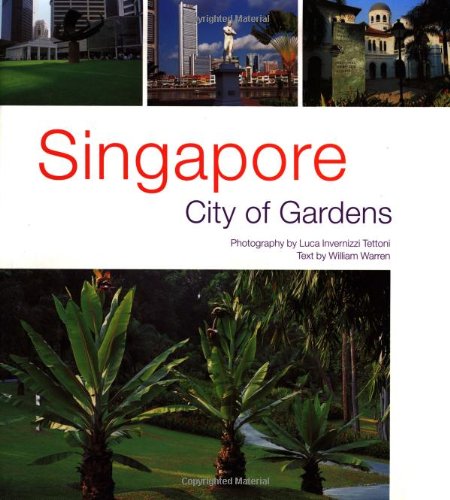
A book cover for Singapore: City of Gardens; William Warren et al; Travel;